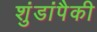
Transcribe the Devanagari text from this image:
शुंडांपैकी